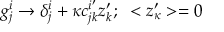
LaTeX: g _ { j } ^ { i } \rightarrow \delta _ { j } ^ { i } + \kappa c _ { j k } ^ { i ^ { \prime } } z _ { k } ^ { \prime } ; ~ < z _ { \kappa } ^ { \prime } > = 0